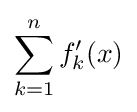
\sum _{k=1}^{n}f_{k}'(x)